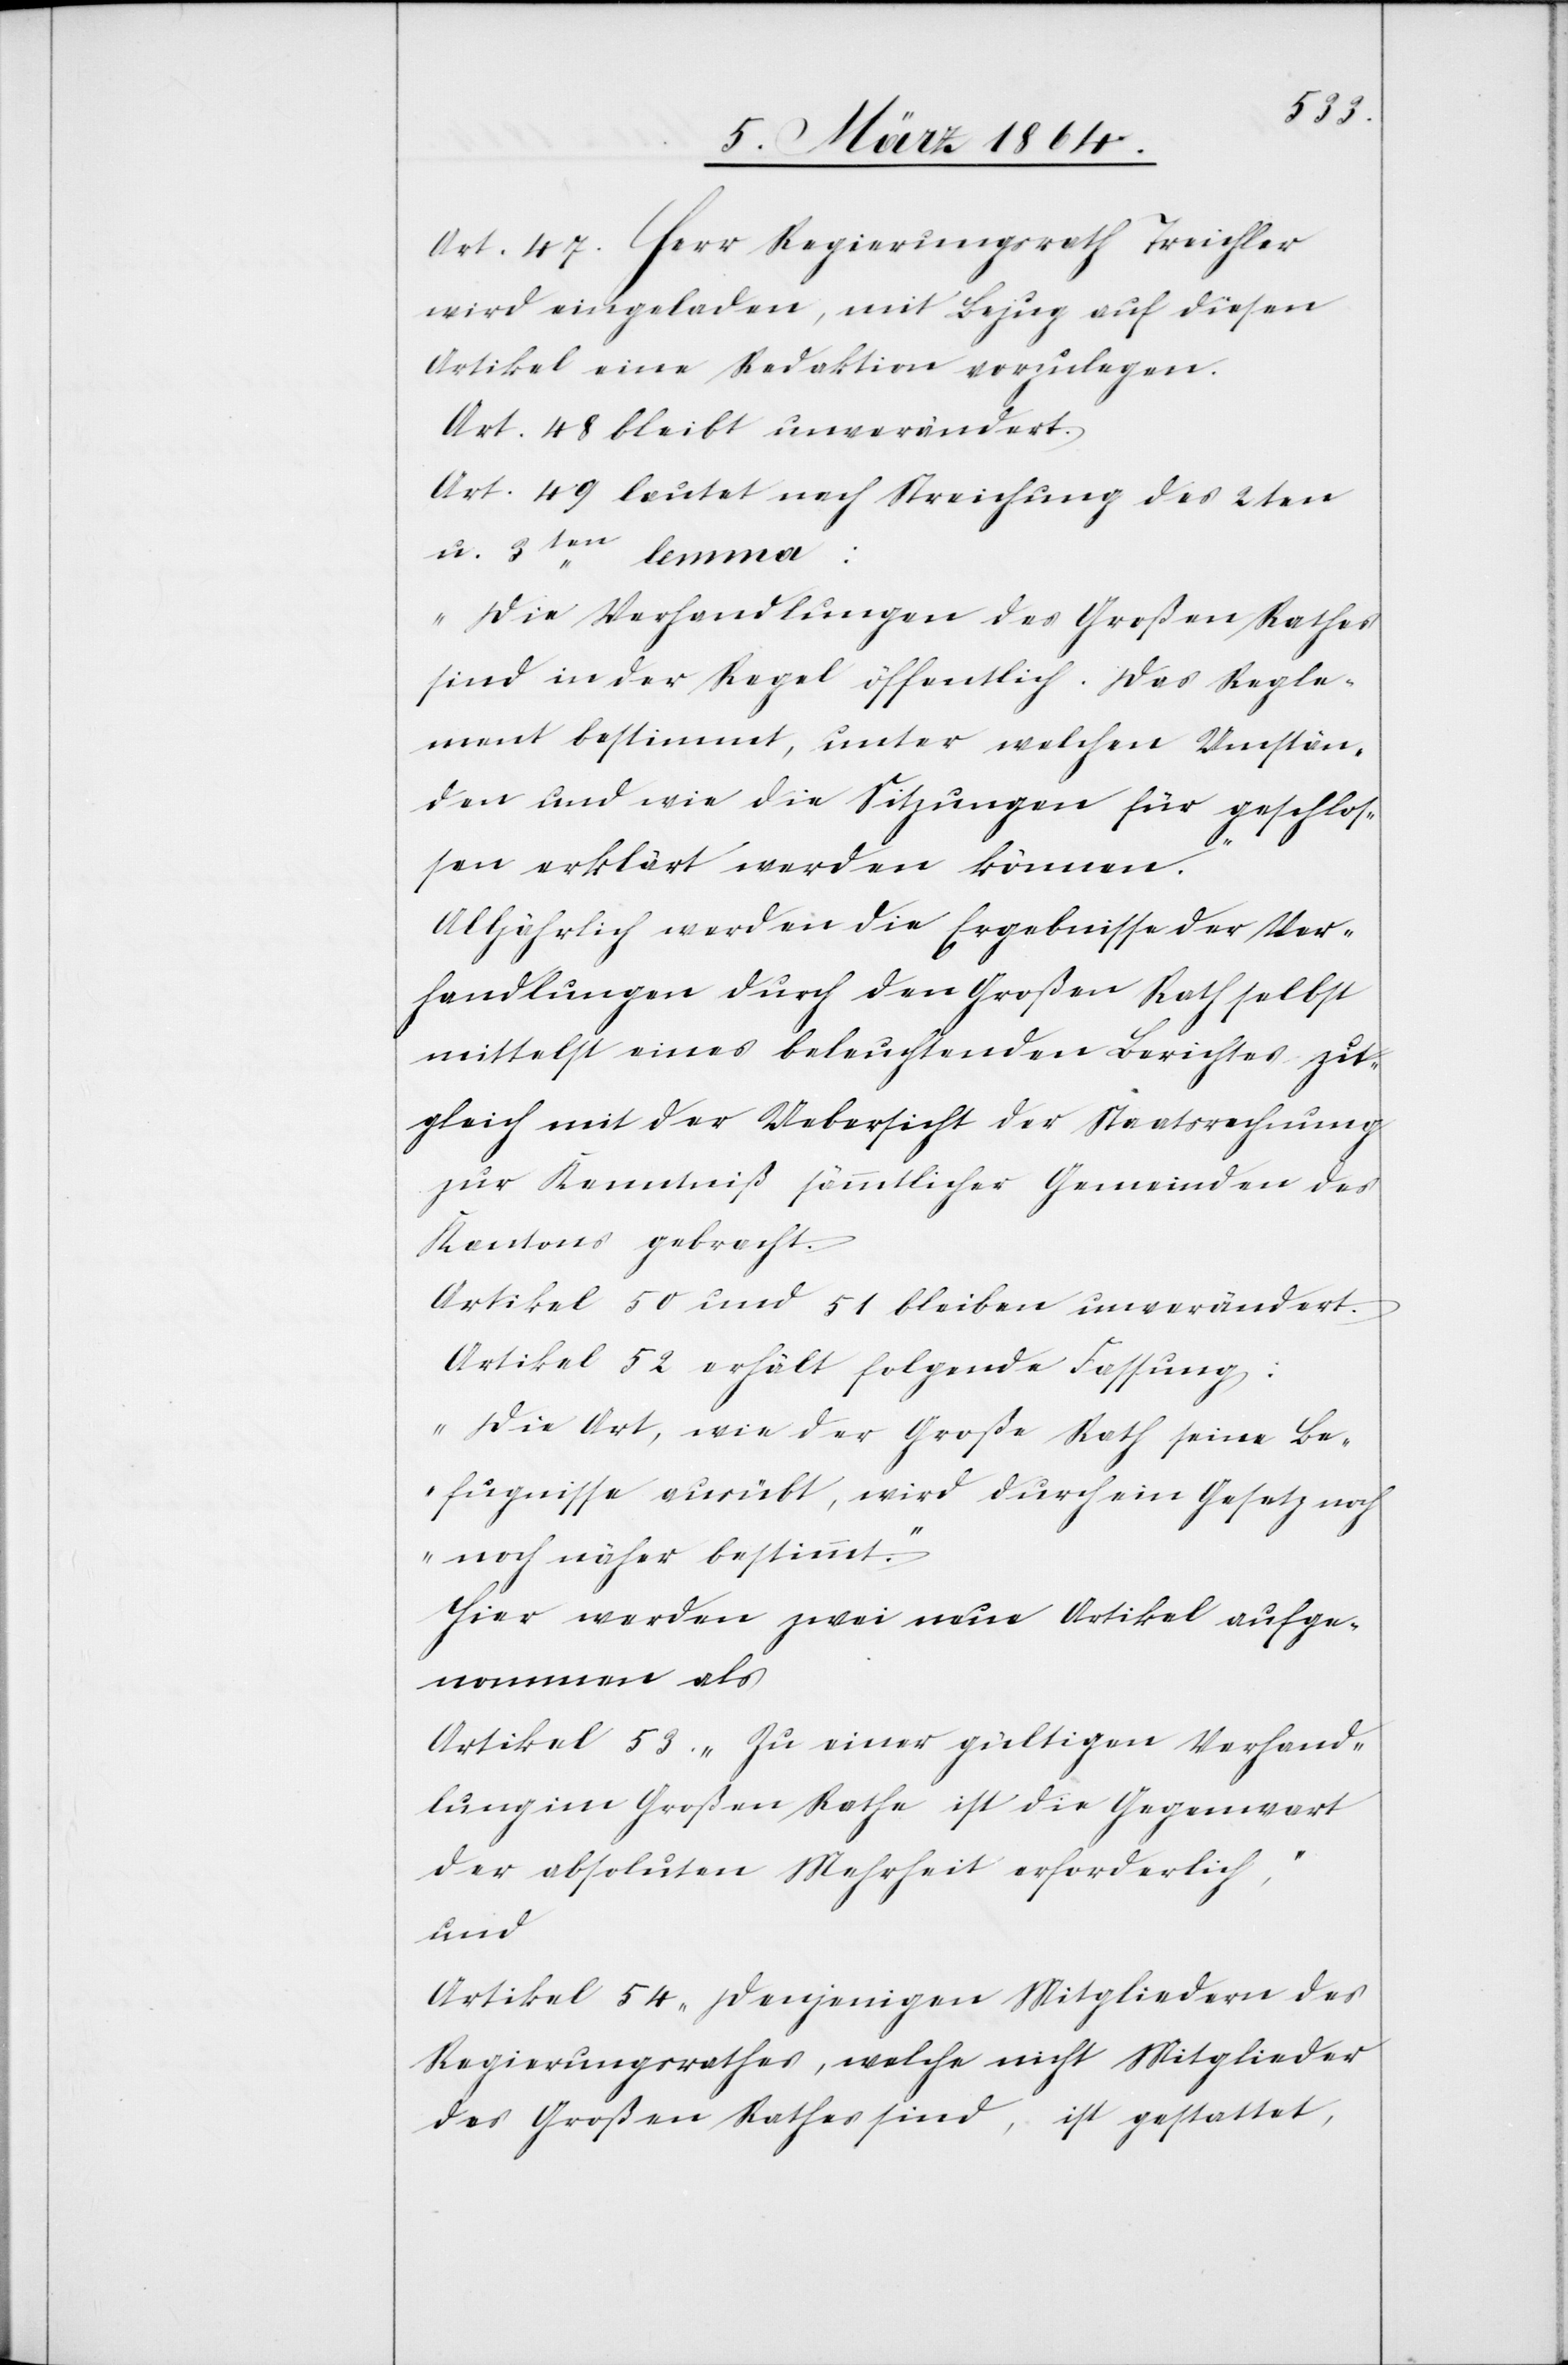
Art. 47. Herr Regierungsrath Treichler
wird eingeladen, mit Bezug auf diesen
Artikel eine Redaktion vorzulegen.
Art. 48 bleibt unverändert.
Art. 49 lautet nach Streichung des 2ten
u. 3ten lemma:
„Die Verhandlungen des Großen Rathes
sind in der Regel öffentlich. Das Regle¬
ment bestimmt, unter welchen Umstän¬
den und wie die Sitzungen für geschlos¬
sen erklärt werden können.“
Alljährlich werden die Ergebnisse der Ver¬
handlungen durch den Großen Rath selbst
mittelst eines beleuchtenden Berichtes zu¬
gleich mit der Uebersicht der Staatsrechnung
zur Kenntniß sämmtlicher Gemeinden des
Kantons gebracht.
Artikel 50 und 51 bleiben unverändert.
Artikel 52 erhält folgende Fassung:
„Die Art, wie der Große Rath seine Be¬
fugnisse ausübt, wird durch ein Gesetz noch
[sic!] näher bestimmt.“
Hier werden zwei neue Artikel aufge¬
nommen als
Artikel 53. „Zu einer gültigen Verhand¬
lung im Großen Rathe ist die Gegenwart
der absoluten Mehrheit erforderlich,“
und
Artikel 54 „Denjenigen Mitgliedern des
Regierungsrathes, welche nicht Mitglieder
des Großen Rathes sind, ist gestattet,